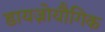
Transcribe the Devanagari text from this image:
डायज़ोयौगिक